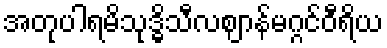
အတုပါရမိသုဒ္ဓိသီလဈာန်မဂ္ဂင်ဝီရိယ